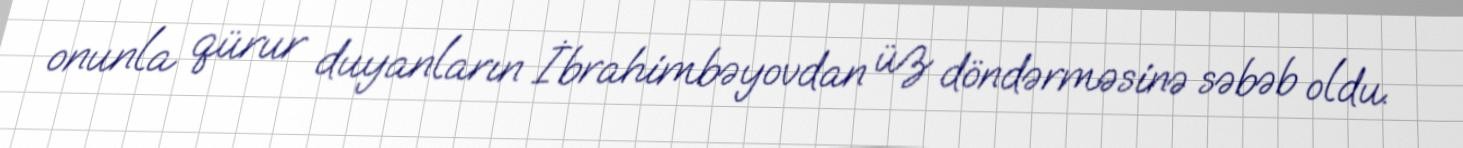
onunla qürur duyanların İbrahimbəyovdan üz döndərməsinə səbəb oldu.